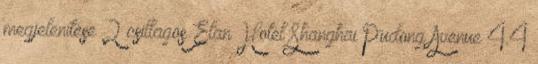
megjelenítése 2 csillagos Elan Hotel Shanghai Pudong Avenue 4.4